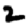
Digit: 2